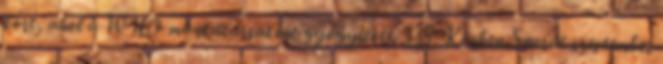
kórt, ahol a WHO munkatársaként gyógyított. 138 Közben Sacrát szeptember